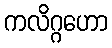
ကလိဂ္ဂဟော